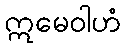
ဣမေဝါဟံ